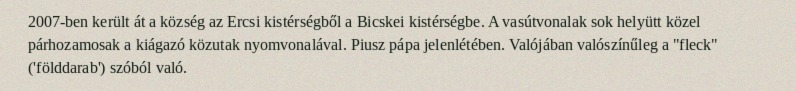
2007-ben került át a község az Ercsi kistérségből a Bicskei kistérségbe. A vasútvonalak sok helyütt közel párhozamosak a kiágazó közutak nyomvonalával. Piusz pápa jelenlétében. Valójában valószínűleg a "fleck" ('földdarab') szóból való.